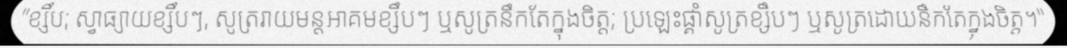
"ខ្សឹប; ស្វាធ្យាយខ្សឹបៗ, សូត្ររាយមន្តអាគមខ្សឹបៗ ឬសូត្រនឹកតែក្នុងចិត្ត; ប្រឡេះផ្គាំសូត្រខ្សឹបៗ ឬសូត្រដោយនឹកតែក្នុងចិត្ត។"